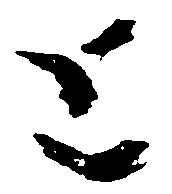
と